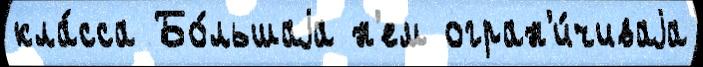
кла́сса Бо́льшаjа н'ем огран'и́чиваjа